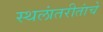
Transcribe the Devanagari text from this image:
स्थलांतरीतांचे